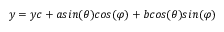
y = y c + a s i n ( \theta ) c o s ( \varphi ) + b c o s ( \theta ) s i n ( \varphi )